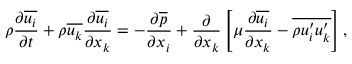
\rho \frac { \partial { \overline { { u _ { i } } } } } { \partial { t } } + \rho \overline { { u _ { k } } } \frac { \partial { \overline { { u _ { i } } } } } { \partial { x _ { k } } } = - \frac { \partial { \overline { { p } } } } { \partial { x _ { i } } } + \frac { \partial } { \partial { x } _ { k } } \left[ \mu \frac { \partial { \overline { { u _ { i } } } } } { \partial { x } _ { k } } - \overline { { \rho { u _ { i } ^ { \prime } } { u _ { k } ^ { \prime } } } } \right] ,